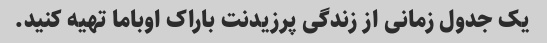
یک جدول زمانی از زندگی پرزیدنت باراک اوباما تهیه کنید.